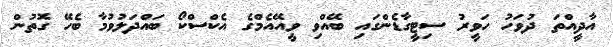
އާދީއްތަ ދުވަހު ހަވީރު ސިޓީގާޑެންގައި ބޭއްވި ވީއޭއެމްގެ އެކްސްކޯ ބައްދަލުވުމާ ބެހޭ ގޮތުން